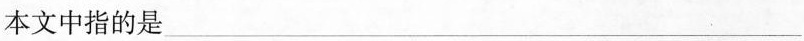
本文中指的是___